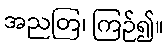
အညတြ၊ ကြဉ်၍။